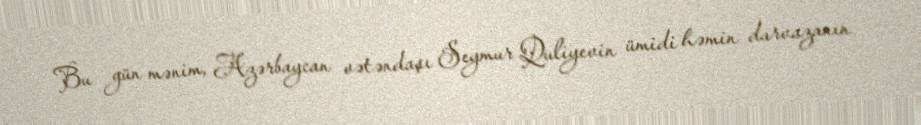
Bu gün mənim, Azərbaycan vətəndaşı Seymur Quliyevin ümidi həmin darvazanın